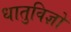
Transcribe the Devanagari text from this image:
धातुविज्ञों